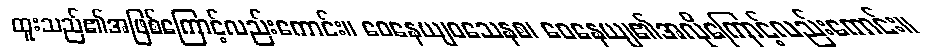
ထူးသည်၏အဖြစ်ကြောင့်လည်းကောင်း။ ဝေနေယျဝသေနစ၊ ဝေနေယျ၏အလိုကြောင့်လည်းကောင်း။